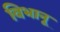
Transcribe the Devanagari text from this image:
विभानू